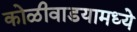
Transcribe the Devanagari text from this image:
कोळीवाडयामध्ये